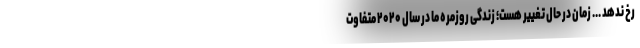
رخ ندهد ... زمان در حال تغییر هست؛ زندگی روزمره ما در سال ۲۰۲۰ متفاوت